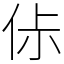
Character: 㑐